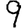
Digit: 9